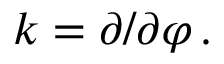
k = \partial / \partial \varphi \, .